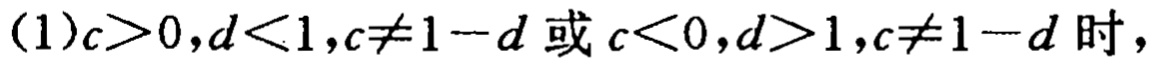
(1)$c>0,d<1,c\neq 1 - d \text{ 或 } c<0,d>1,c\neq 1 - d$ 时，